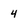
Character: 4